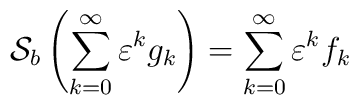
{\cal S}_b\left(\sum_{k=0}^\infty\varepsilon^k g_k\right)=\sum_{k=0}^\infty\varepsilon^k f_k